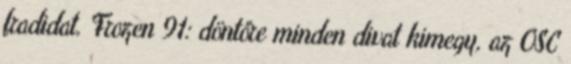
fradidat. Frozen 91: döntőre minden divat kimegy, az OSC